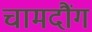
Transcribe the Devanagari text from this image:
चामदौंग